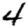
Digit: 4